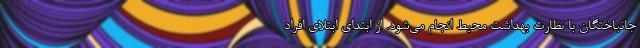
جانباختگان با نظارت بهداشت محیط انجام می‌شود. از ابتدای ابتلای افراد